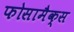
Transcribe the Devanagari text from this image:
फोसामैक्स